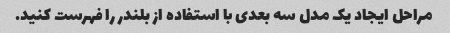
مراحل ایجاد یک مدل سه بعدی با استفاده از بلندر را فهرست کنید.